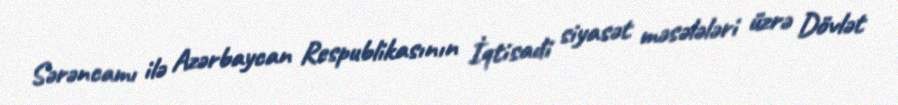
Sərəncamı ilə Azərbaycan Respublikasının İqtisadi siyasət məsələləri üzrə Dövlət